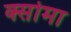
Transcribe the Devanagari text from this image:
क्सोमा